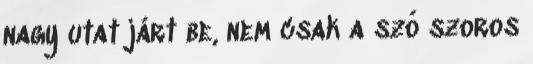
nagy utat járt be, nem csak a szó szoros